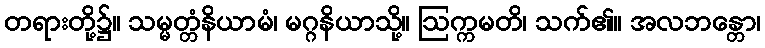
တရားတို့၌။ သမ္မတ္တံနိယာမံ၊ မဂ္ဂနိယာသို့။ ဩက္ကမတိ၊ သက်၏။ အလဘန္တော၊